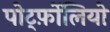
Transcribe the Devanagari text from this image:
पोर्ट्फ़ोलियो